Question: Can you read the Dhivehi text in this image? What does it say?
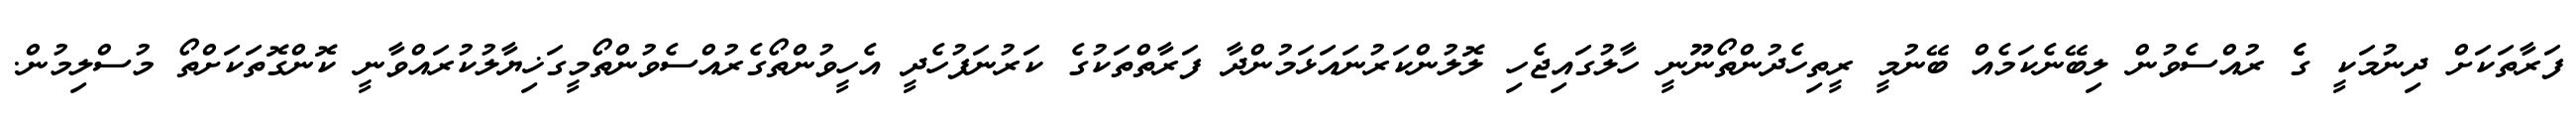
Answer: ފަރާތަކަށް ދިނުމަކީ ގެެ ރުއްސެވުން ލިބޭނެކަމެއް ބޭނުމީ ރީތިހެދުންތޯނޫނީ ހާލުގައިޖެހި ލޮލުންކަރުނައަޅަމުންދާ ފަރާތްތަކުގެ ކަރުނަފުހެދީ އެހީވުންތޯގެރުއްސެވުންތޯމީގަޚިޔާލުކުރައްވާނީ ކޮންގޮތަކަށްތޯ މުސްލިމުން.